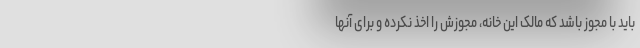
باید با مجوز باشد که مالک این خانه، مجوزش را اخذ نکرده و برای آنها